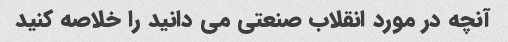
آنچه در مورد انقلاب صنعتی می دانید را خلاصه کنید